Indian journal of veterinary science and animal husbandry - Volume 5,
Year: 1935
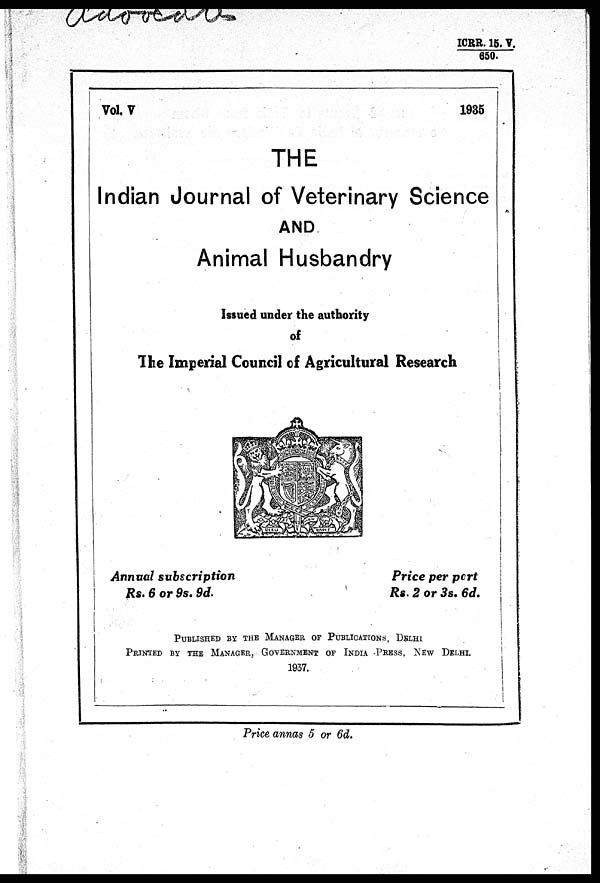
ICRR. 15. V./650.
Vol. V
1935
THE
Indian Journal of Veterinary Science
AND
Animal Husbandry
Issued under the authority
of
The Imperial Council of Agricultural Research
Annual subscription
Price per port
Rs. 6 or 9s. 9d.
Rs. 2 or 3s. 6d.
PUBLISHED BY THE MANAGER OF PUBLICATIONS, DELHI
PRINTED BY THE MANAGER, GOVERNMENT OF INDIA PRESS, NEW DELHI.
1937.
Price annas 5 or 6d.